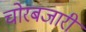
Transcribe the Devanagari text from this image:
चोरबजारी